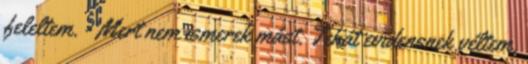
feleltem. - Mert nem ismerek mást. Tehát evidensnek véltem,